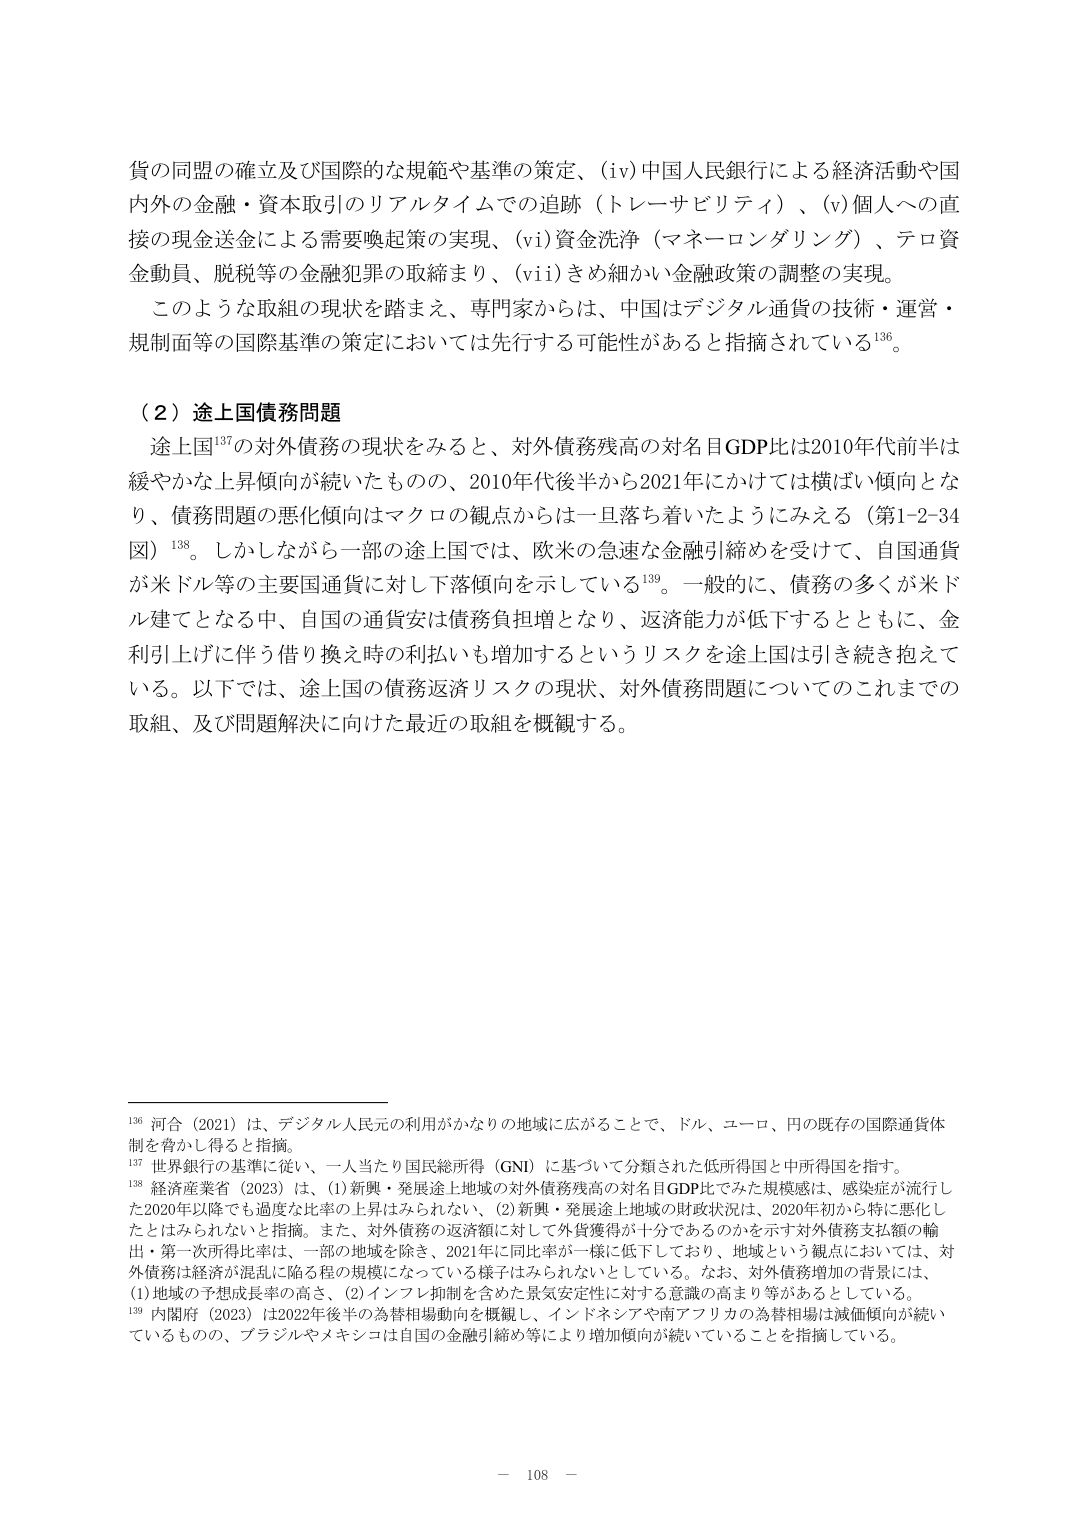
貨の同盟の確立及び国際的な規範や基準の策定、(iv)中国人民銀行による経済活動や国内外の金融・資本取引のリアルタイムでの追跡（トレーサビリティ）、(v)個人への直接の現金送金による需要喚起策の実現、(vi)資金洗浄（マネーロンダリング）、テロ資金動員、脱税等の金融犯罪の取締まり、(vii)きめ細かい金融政策の調整の実現。

このような取組の現状を踏まえ、専門家からは、中国はデジタル通貨の技術・運営・規制面等の国際基準の策定においては先行する可能性があると指摘されている¹³⁶。

（２）途上国債務問題

途上国¹³⁷の対外債務の現状をみると、対外債務残高の対名目GDP比は2010年代前半は緩やかな上昇傾向が続いたものの、2010年代後半から2021年にかけては横ばい傾向となり、債務問題の悪化傾向はマクロの観点からは一旦落ち着いたようにみえる（第1-2-34図）¹³⁸。しかしながら一部の途上国では、欧米の急速な金融引締めを受けて、自国通貨が米ドル等の主要国通貨に対して下落傾向を示している¹³⁹。一般的に、債務の多くが米ドル建てとなる中、自国の通貨安は債務負担増となり、返済能力が低下するとともに、金利引上げに伴う借り換え時の利払いも増加するというリスクを途上国は引き続き抱えている。以下では、途上国の債務返済リスクの現状、対外債務問題についてのこれまでの取組、及び問題解決に向けた最近の取組を概観する。

¹³⁶ 河合（2021）は、デジタル人民元の利用がかなりの地域に広がることで、ドル、ユーロ、円の既存の国際通貨体制を脅かし得ると指摘。

¹³⁷ 世界銀行の基準に従い、一人当たり国民総所得（GNI）に基づいて分類された低所得国と中所得国を指す。

¹³⁸ 経済産業省（2023）は、(1)新興・発展途上地域の対外債務残高の対名目GDP比でみた規模感は、感染症が流行した2020年以降でも過度な比率の上昇はみられない、(2)新興・発展途上地域の財政状況は、2020年初から特に悪化したとはみられないと指摘。また、対外債務の返済額に対して外貨獲得が十分であるのかを示す対外債務支払額の輸出・第一次所得比率は、一部の地域を除き、2021年に同比率が一様に低下しており、地域という観点においては、対外債務は経済が混乱に陥る程の規模になっている様子はみられないとしている。なお、対外債務増加の背景には、(1)地域の予想成長率の高さ、(2)インフレ抑制を含めた景気安定性に対する意識の高まり等があるとしている。

¹³⁹ 内閣府（2023）は2022年後半の為替相場動向を概観し、インドネシアや南アフリカの為替相場は減価傾向が続いているものの、ブラジルやメキシコは自国の金融引締め等により増加傾向が続いていることを指摘している。

— 108 —